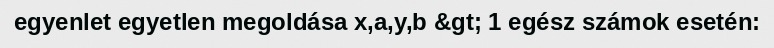
egyenlet egyetlen megoldása x,a,y,b &gt; 1 egész számok esetén: